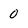
Character: 0